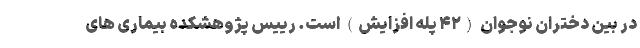
در بین دختران نوجوان (۴۲ پله افزایش) است. رییس پژوهشکده بیماری های